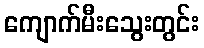
ကျောက်မီးသွေးတွင်း